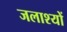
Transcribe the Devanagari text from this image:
जलाश्यों